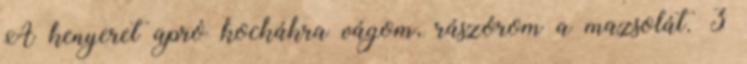
A kenyeret apró kockákra vágom, rászórom a mazsolát. 3